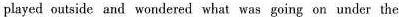
played outside and wondered what was going on under the